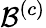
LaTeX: \mathcal{B}^{\left(c\right)}